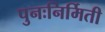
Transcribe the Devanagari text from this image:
पुनःनिर्मिती